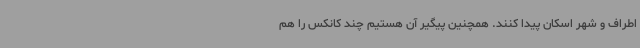
اطراف و شهر اسکان پیدا کنند. همچنین پیگیر آن هستیم چند کانکس را هم